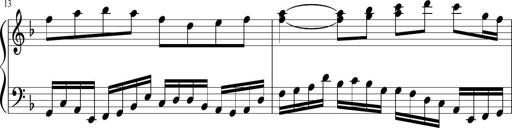
Title: Sonatina in F major
Composer: Ethan Ngo
Key: F major